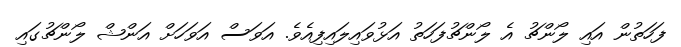
ފަހަތުން އައި ލޯންޗު އެ ލޯންޗުފަހަތު އަޅުވައިލައިފިއެވެ. އަވަސް އަވަހަށް އަންޝް ލޯންޗުގައި